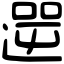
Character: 𨕬